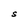
Character: S